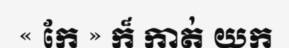
« កែ » ក៏ កាត់ យក